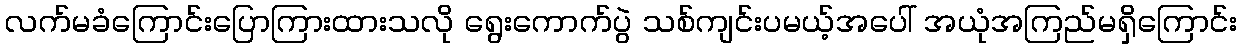
လက်မခံကြောင်းပြောကြားထားသလို ရွေးကောက်ပွဲ သစ်ကျင်းပမယ့်အပေါ် အယုံအကြည်မရှိကြောင်း